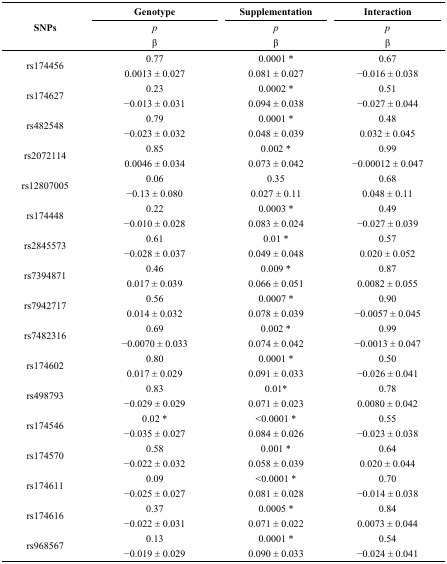
<table><thead><tr><td rowspan="3"><b>SNPs</b></td><td><b>Genotype <i></i></b></td><td><b>Supplementation <i></i></b></td><td><b>Interaction <i></i></b></td></tr><tr><td><b><i>p</i></b></td><td><b><i>p</i></b></td><td><b><i>p</i></b></td></tr><tr><td><b>β</b></td><td><b>β</b></td><td><b>β</b></td></tr></thead><tbody><tr><td rowspan="2">rs174456</td><td>0.77</td><td>0.0001 *</td><td>0.67</td></tr><tr><td>0.0013 ± 0.027</td><td>0.081 ± 0.027</td><td>−0.016 ± 0.038</td></tr><tr><td rowspan="2">rs174627</td><td>0.23</td><td>0.0002 *</td><td>0.51</td></tr><tr><td>−0.013 ± 0.031</td><td>0.094 ± 0.038</td><td>−0.027 ± 0.044</td></tr><tr><td rowspan="2">rs482548</td><td>0.79</td><td>0.0001 *</td><td>0.48</td></tr><tr><td>−0.023 ± 0.032</td><td>0.048 ± 0.039</td><td>0.032 ± 0.045</td></tr><tr><td rowspan="2">rs2072114</td><td>0.85</td><td>0.002 *</td><td>0.99</td></tr><tr><td>0.0046 ± 0.034</td><td>0.073 ± 0.042</td><td>−0.00012 ± 0.047</td></tr><tr><td rowspan="2">rs12807005</td><td>0.06</td><td>0.35</td><td>0.68</td></tr><tr><td>−0.13 ± 0.080</td><td>0.027 ± 0.11</td><td>0.048 ± 0.11</td></tr><tr><td rowspan="2">rs174448</td><td>0.22</td><td>0.0003 *</td><td>0.49</td></tr><tr><td>−0.010 ± 0.028</td><td>0.083 ± 0.024</td><td>−0.027 ± 0.039</td></tr><tr><td rowspan="2">rs2845573</td><td>0.61</td><td>0.01 *</td><td>0.57</td></tr><tr><td>−0.028 ± 0.037</td><td>0.049 ± 0.048</td><td>0.020 ± 0.052</td></tr><tr><td rowspan="2">rs7394871</td><td>0.46</td><td>0.009 *</td><td>0.87</td></tr><tr><td>0.017 ± 0.039</td><td>0.066 ± 0.051</td><td>0.0082 ± 0.055</td></tr><tr><td rowspan="2">rs7942717</td><td>0.56</td><td>0.0007 *</td><td>0.9</td></tr><tr><td>0.014 ± 0.032</td><td>0.078 ± 0.039</td><td>−0.0057 ± 0.045</td></tr><tr><td rowspan="2">rs7482316</td><td>0.69</td><td>0.002 *</td><td>0.99</td></tr><tr><td>−0.0070 ± 0.033</td><td>0.074 ± 0.042</td><td>−0.0013 ± 0.047</td></tr><tr><td rowspan="2">rs174602</td><td>0.8</td><td>0.0001 *</td><td>0.5</td></tr><tr><td>0.017 ± 0.029</td><td>0.091 ± 0.033</td><td>−0.026 ± 0.041</td></tr><tr><td rowspan="2">rs498793</td><td>0.83</td><td>0.01*</td><td>0.78</td></tr><tr><td>−0.029 ± 0.029</td><td>0.071 ± 0.023</td><td>0.0080 ± 0.042</td></tr><tr><td rowspan="2">rs174546</td><td>0.02 *</td><td>&lt;0.0001 *</td><td>0.55</td></tr><tr><td>−0.035 ± 0.027</td><td>0.084 ± 0.026</td><td>−0.023 ± 0.038</td></tr><tr><td rowspan="2">rs174570</td><td>0.58</td><td>0.001 *</td><td>0.64</td></tr><tr><td>−0.022 ± 0.032</td><td>0.058 ± 0.039</td><td>0.020 ± 0.044</td></tr><tr><td rowspan="2">rs174611</td><td>0.09</td><td>&lt;0.0001 *</td><td>0.7</td></tr><tr><td>−0.025 ± 0.027</td><td>0.081 ± 0.028</td><td>−0.014 ± 0.038</td></tr><tr><td rowspan="2">rs174616</td><td>0.37</td><td>0.0005 *</td><td>0.84</td></tr><tr><td>−0.022 ± 0.031</td><td>0.071 ± 0.022</td><td>0.0073 ± 0.044</td></tr><tr><td rowspan="2">rs968567</td><td>0.13</td><td>0.0001 *</td><td>0.54</td></tr><tr><td>−0.019 ± 0.029</td><td>0.090 ± 0.033</td><td>−0.024 ± 0.041</td></tr></tbody></table>